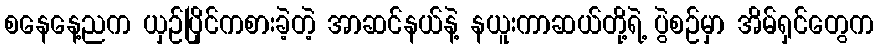
စနေနေ့ညက ယှဉ်ပြိုင်ကစားခဲ့တဲ့ အာဆင်နယ်နဲ့ နယူးကာဆယ်တို့ရဲ့ ပွဲစဉ်မှာ အိမ်ရှင်တွေက